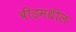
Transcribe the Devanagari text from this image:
बीडमधील